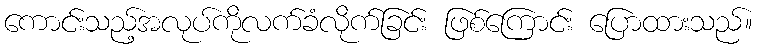
ကောင်းသည့်အလုပ်ကိုလက်ခံလိုက်ခြင်း ဖြစ်ကြောင်း ပြောထားသည်။